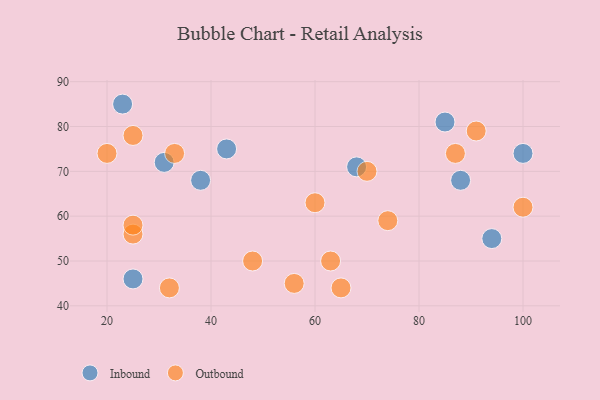
{"axis": {"x": "GDP", "y": "Life Expectancy"}, "legend": ["Inbound", "Outbound"], "data": [{"x": "85", "y": 81, "type": "Inbound"}, {"x": "100", "y": 74, "type": "Inbound"}, {"x": "68", "y": 71, "type": "Inbound"}, {"x": "25", "y": 46, "type": "Inbound"}, {"x": "23", "y": 85, "type": "Inbound"}, {"x": "31", "y": 72, "type": "Inbound"}, {"x": "38", "y": 68, "type": "Inbound"}, {"x": "94", "y": 55, "type": "Inbound"}, {"x": "43", "y": 75, "type": "Inbound"}, {"x": "88", "y": 68, "type": "Inbound"}, {"x": "91", "y": 79, "type": "Outbound"}, {"x": "65", "y": 44, "type": "Outbound"}, {"x": "25", "y": 56, "type": "Outbound"}, {"x": "63", "y": 50, "type": "Outbound"}, {"x": "100", "y": 62, "type": "Outbound"}, {"x": "70", "y": 70, "type": "Outbound"}, {"x": "60", "y": 63, "type": "Outbound"}, {"x": "87", "y": 74, "type": "Outbound"}, {"x": "33", "y": 74, "type": "Outbound"}, {"x": "25", "y": 78, "type": "Outbound"}, {"x": "74", "y": 59, "type": "Outbound"}, {"x": "20", "y": 74, "type": "Outbound"}, {"x": "48", "y": 50, "type": "Outbound"}, {"x": "25", "y": 58, "type": "Outbound"}, {"x": "32", "y": 44, "type": "Outbound"}, {"x": "56", "y": 45, "type": "Outbound"}]}